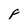
Character: F